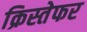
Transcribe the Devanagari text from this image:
क्रिस्तेफर